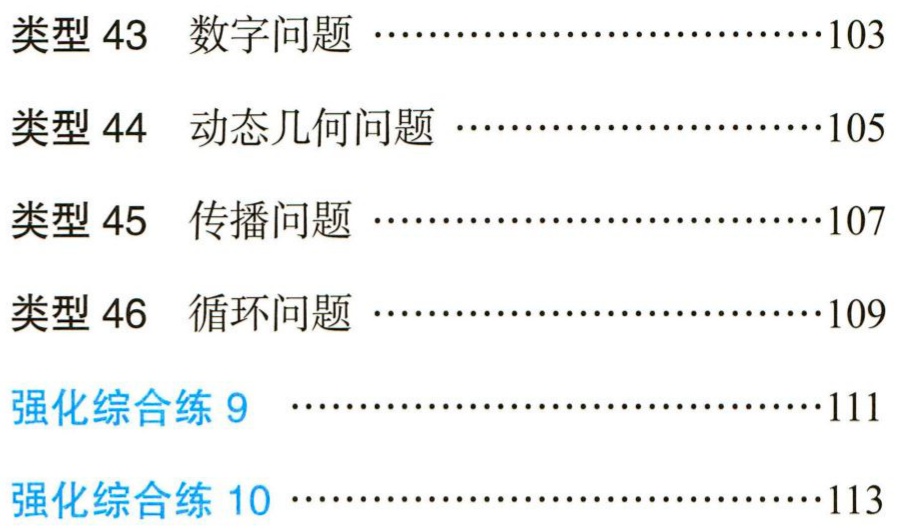
类型 43  数字问题 ……103\\

类型 44  动态几何问题 ……105\\

类型 45  传播问题 ……107\\

类型 46  循环问题 ……109\\

强化综合练 9  ……111\\

强化综合练 10 ……113\\